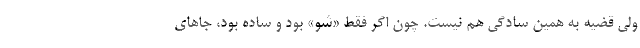
ولی قضیه به همین سادگی هم نیست. چون اگر فقط «شو» بود و ساده بود، جاهای